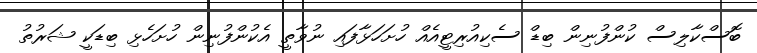
ބޮސްކާލިސް ކުންފުނިން ބިޑް ސެކިއުރިޓީއެއް ހުށަހަޅާފައި ނުވާތީ އެކުންފުނިން ހުށަހެޅި ބިޑަކީ ޝަރުތު